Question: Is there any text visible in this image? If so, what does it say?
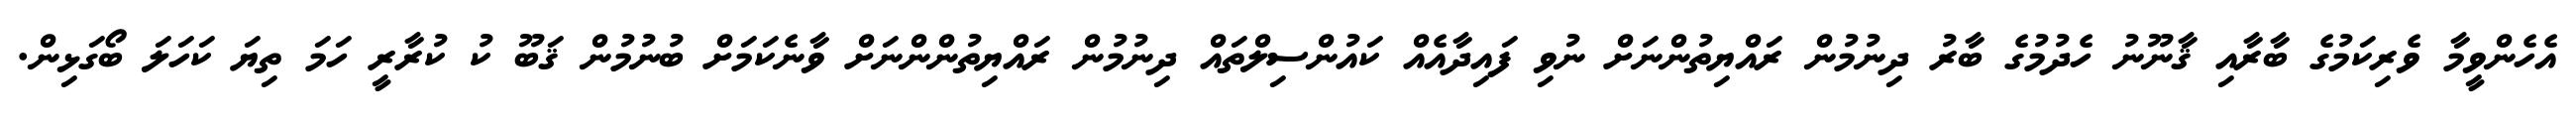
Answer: އެހެންވީމާ ވެރިކަމުގެ ބާރާއި ޤާނޫނު ހެދުމުގެ ބާރު ދިނުމުން ރައްޔިތުންނަށް ނުވި ފައިދާއެއް ކައުންސިލްތައް ދިނުމުން ރައްޔިތުންންނަށް ވާނެކަމަށް ބުނުމުން ޤަބޫ ކު ކުރާރީ ހަމަ ތިޔަ ކަހަލަ ބޯގަޅިން.